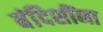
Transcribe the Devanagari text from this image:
बंदिशींना